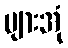
ပျားအုံ